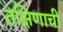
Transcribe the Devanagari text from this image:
तक्षिणाची